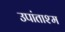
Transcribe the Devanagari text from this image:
उपांताश्म